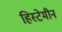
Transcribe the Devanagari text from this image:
हिस्टेमीन